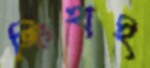
জিংহাই